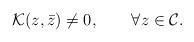
LaTeX: \begin{align*}{\cal K}(z,\bar z)\neq 0,\qquad \forall z\in{\cal C}.\end{align*}